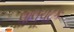
લાલચટક